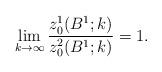
LaTeX: \begin{align*}\lim_{k\rightarrow \infty}\frac{z_0^1(B^1;k)}{z_0^2(B^1;k)}=1.\end{align*}